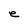
Character: e